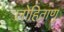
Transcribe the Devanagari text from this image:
लोहिताणु